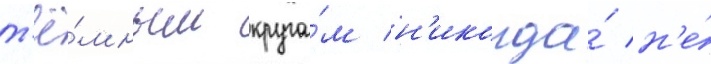
т'ё́мным круга́м н'икогда́ н'е́